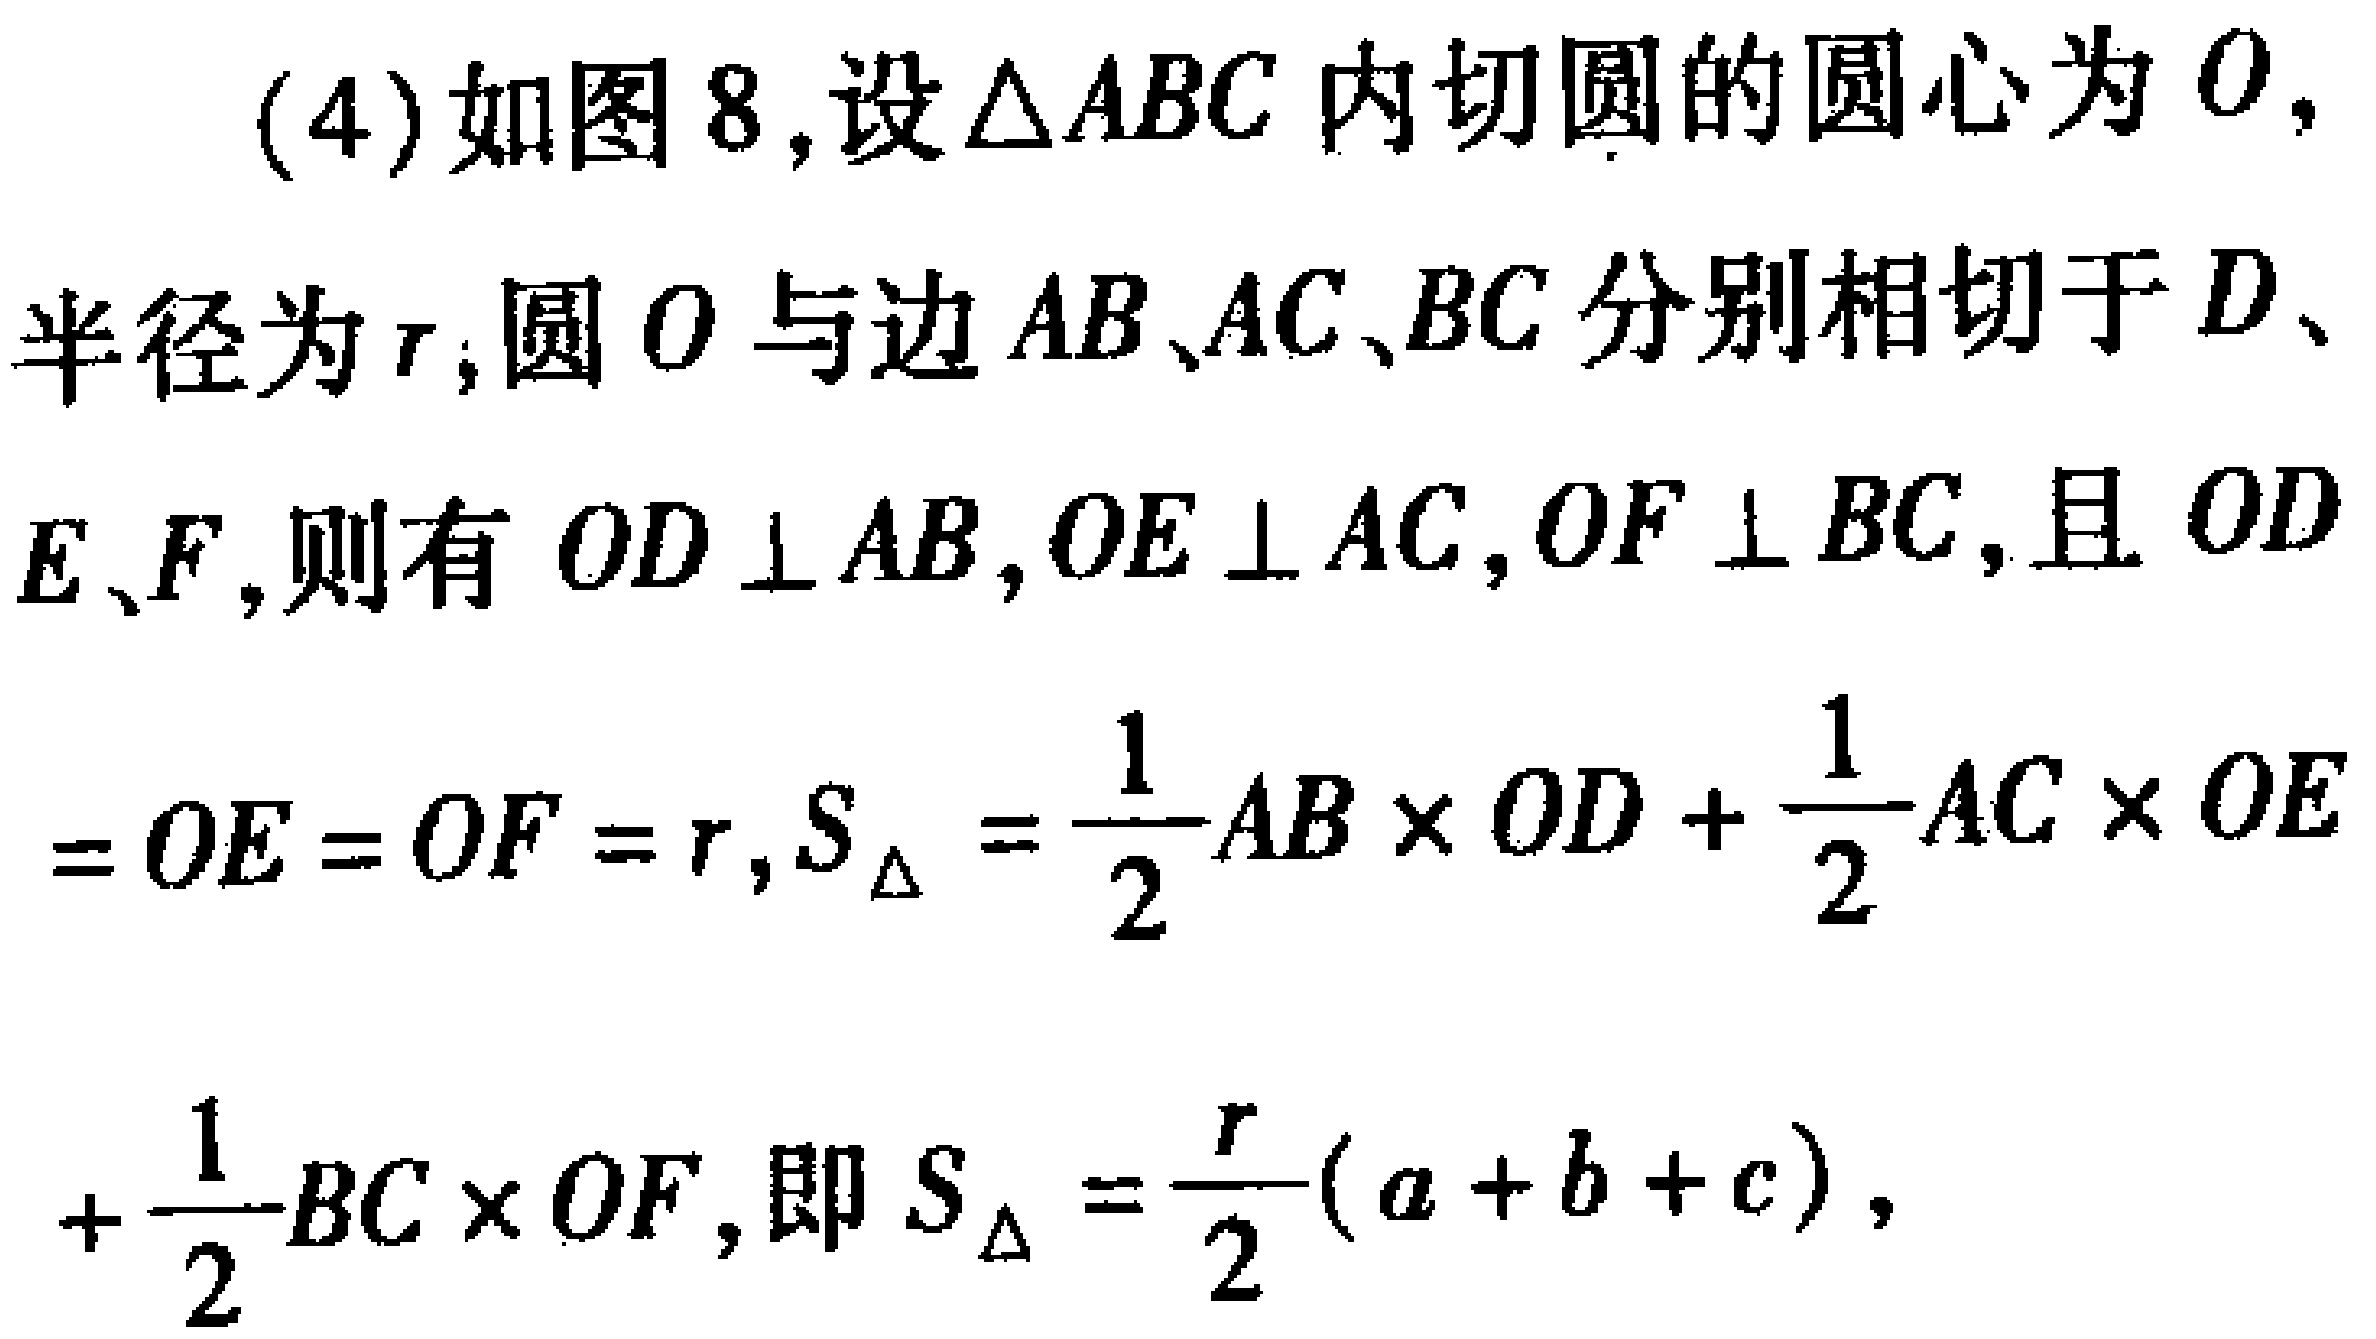
(4)如图8,设\(\triangle ABC\)内切圆的圆心为\(O\),半径为\(r\),圆\(O\)与边\(AB\)、\(AC\)、\(BC\)分别相切于\(D\)、\(E\)、\(F\),则有\(OD\perp AB\),\(OE\perp AC\),\(OF\perp BC\),且\(OD = OE = OF = r\),\(S_{\triangle}=\frac{1}{2}AB\times OD+\frac{1}{2}AC\times OE+\frac{1}{2}BC\times OF\),即\(S_{\triangle}=\frac{r}{2}(a + b + c)\),